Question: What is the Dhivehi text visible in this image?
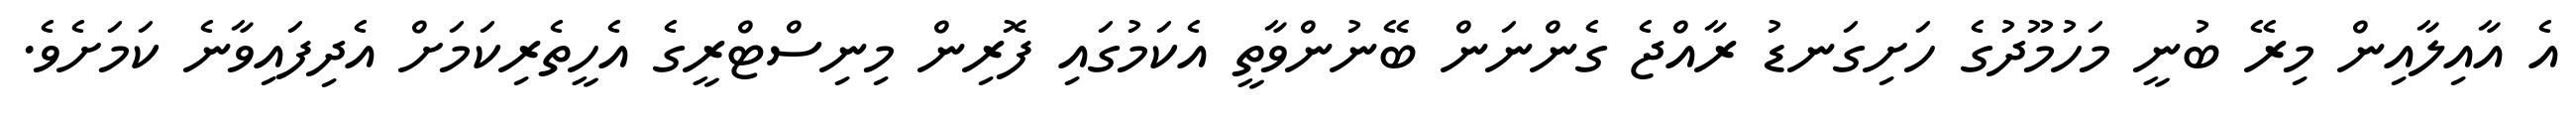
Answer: އެ އާއިލާއިން މިރޭ ބުނީ މަހުމޫދުގެ ހަށިގަނޑު ރާއްޖެ ގެންނަން ބޭނުންވާތީ އެކަމުގައި ފޮރިން މިނިސްޓްރީގެ އެހީތެރިކަމަށް އެދިފައިވާނެ ކަމަށެވެ.